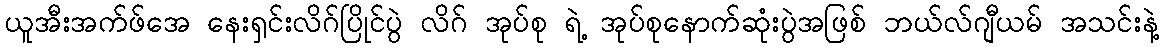
ယူအီးအက်ဖ်အေ နေးရှင်းလိဂ်ပြိုင်ပွဲ လိဂ် အုပ်စု ရဲ့ အုပ်စုနောက်ဆုံးပွဲအဖြစ် ဘယ်လ်ဂျီယမ် အသင်းနဲ့